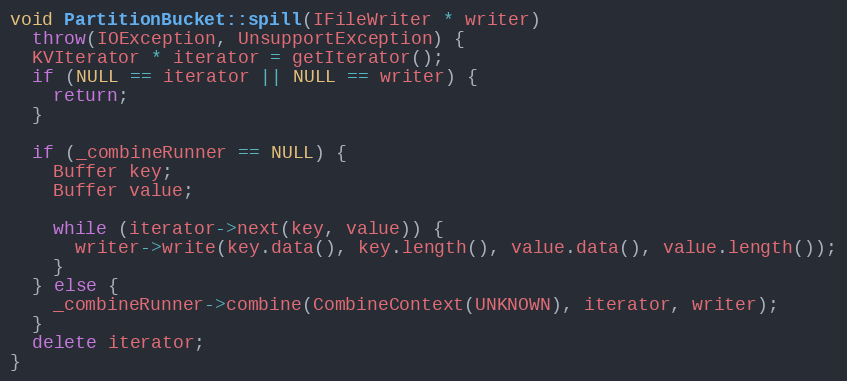
Language: C++
void PartitionBucket::spill(IFileWriter * writer)
  throw(IOException, UnsupportException) {
  KVIterator * iterator = getIterator();
  if (NULL == iterator || NULL == writer) {
    return;
  }

  if (_combineRunner == NULL) {
    Buffer key;
    Buffer value;

    while (iterator->next(key, value)) {
      writer->write(key.data(), key.length(), value.data(), value.length());
    }
  } else {
    _combineRunner->combine(CombineContext(UNKNOWN), iterator, writer);
  }
  delete iterator;
}